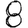
Digit: 8